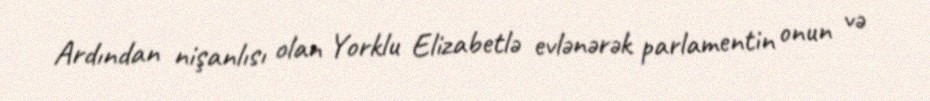
Ardından nişanlısı olan Yorklu Elizabetlə evlənərək parlamentin onun və